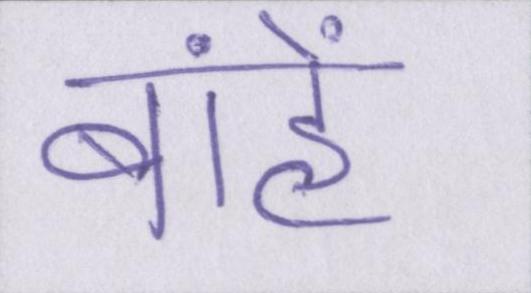
बांहें